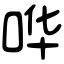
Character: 哗